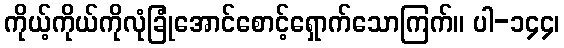
ကိုယ့်ကိုယ်ကိုလုံခြုံအောင်စောင့်ရှောက်သောကြက်။ ပါ-၁၄၄၊